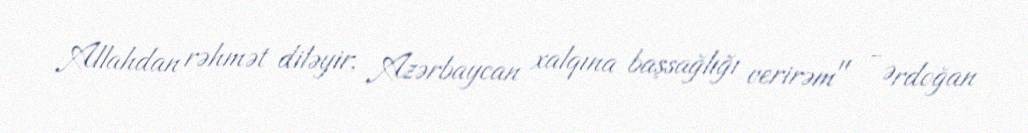
Allahdan rəhmət diləyir, Azərbaycan xalqına başsağlığı verirəm" - Ərdoğan